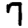
Digit: 7